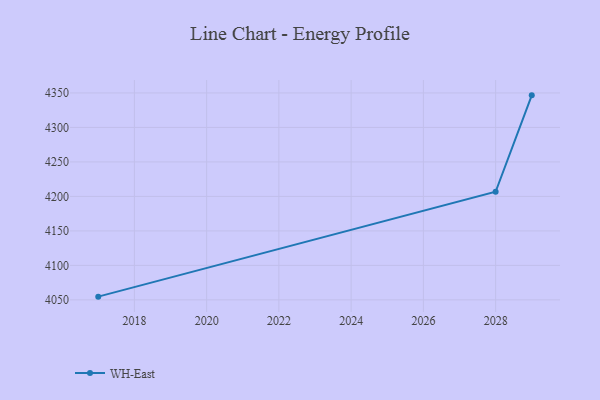
{"axis": {"x": "Year", "y": "Backlog"}, "legend": ["WH-East"], "data": [{"x": "2029", "y": 4346.5, "type": "WH-East"}, {"x": "2028", "y": 4206.7, "type": "WH-East"}, {"x": "2017", "y": 4054.7, "type": "WH-East"}]}